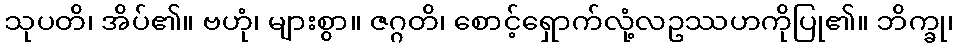
သုပတိ၊ အိပ်၏။ ဗဟုံ၊ များစွာ။ ဇဂ္ဂတိ၊ စောင့်ရှောက်လုံ့လဥဿဟကိုပြု၏။ ဘိက္ခု၊